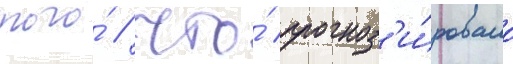
того́ / что́ прогноз'и́ровало